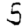
Digit: 5